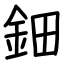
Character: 鈿